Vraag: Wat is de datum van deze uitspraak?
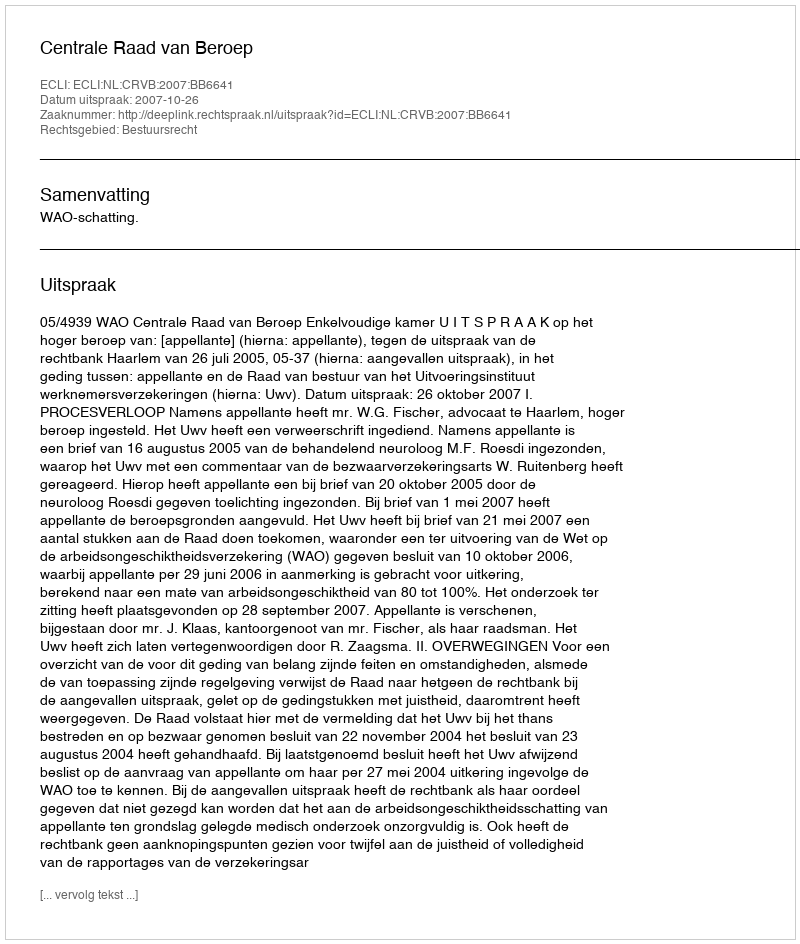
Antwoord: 2007-10-26